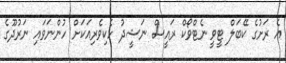
އެ ރަށުގެ ކޭބަލް ޓީވީ ނެޓްވޯކް ރައީސް ނަޝީދު ހެކިވެރިއަކަށް ހުންނަވައި ނަރުދޫގެ